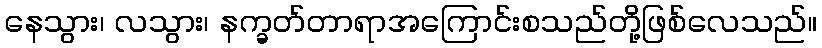
နေသွား၊ လသွား၊ နက္ခတ်တာရာအကြောင်းစသည်တို့ဖြစ်လေသည်။